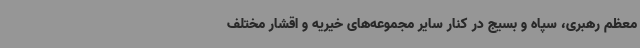
معظم رهبری، سپاه و بسیج در کنار سایر مجموعه‌های خیریه و اقشار مختلف